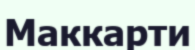
Маккарти